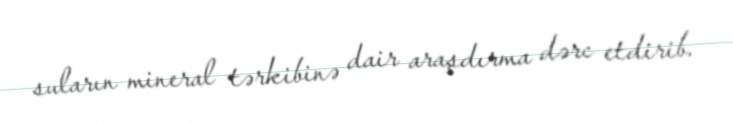
suların mineral tərkibinə dair araşdırma dərc etdirib.